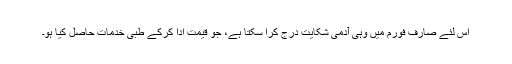
اِس لئے صارف فورم میں وہی آدمی شکایت درج کرا سکتا ہے، جو قیمت ادا کرکے طبی خدمات حاصل کیا ہو۔